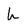
Character: h